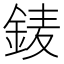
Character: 𨦎